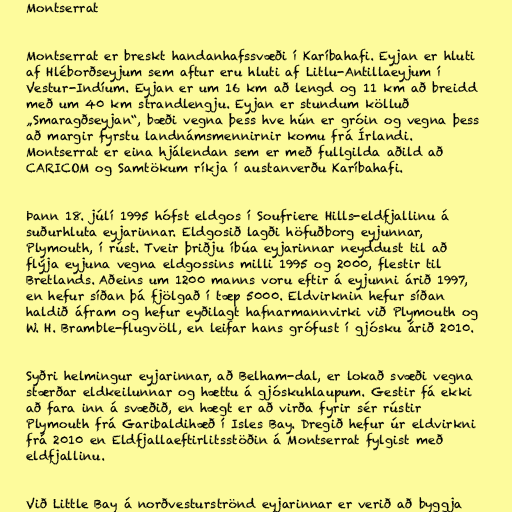
Montserrat

Montserrat er breskt handanhafssvæði í Karíbahafi. Eyjan er hluti
af Hléborðseyjum sem aftur eru hluti af Litlu-Antillaeyjum í
Vestur-Indíum. Eyjan er um 16 km að lengd og 11 km að breidd
með um 40 km strandlengju. Eyjan er stundum kölluð
„Smaragðseyjan“, bæði vegna þess hve hún er gróin og vegna þess
að margir fyrstu landnámsmennirnir komu frá Írlandi.
Montserrat er eina hjálendan sem er með fullgilda aðild að
CARICOM og Samtökum ríkja í austanverðu Karíbahafi.

Þann 18. júlí 1995 hófst eldgos í Soufriere Hills-eldfjallinu á
suðurhluta eyjarinnar. Eldgosið lagði höfuðborg eyjunnar,
Plymouth, í rúst. Tveir þriðju íbúa eyjarinnar neyddust til að
flýja eyjuna vegna eldgossins milli 1995 og 2000, flestir til
Bretlands. Aðeins um 1200 manns voru eftir á eyjunni árið 1997,
en hefur síðan þá fjölgað í tæp 5000. Eldvirknin hefur síðan
haldið áfram og hefur eyðilagt hafnarmannvirki við Plymouth og
W. H. Bramble-flugvöll, en leifar hans grófust í gjósku árið 2010.

Syðri helmingur eyjarinnar, að Belham-dal, er lokað svæði vegna
stærðar eldkeilunnar og hættu á gjóskuhlaupum. Gestir fá ekki
að fara inn á svæðið, en hægt er að virða fyrir sér rústir
Plymouth frá Garibaldihæð í Isles Bay. Dregið hefur úr eldvirkni
frá 2010 en Eldfjallaeftirlitsstöðin á Montserrat fylgist með
eldfjallinu.

Við Little Bay á norðvesturströnd eyjarinnar er verið að byggja